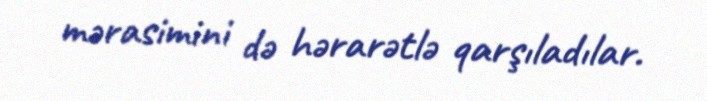
mərasimini də hərarətlə qarşıladılar.